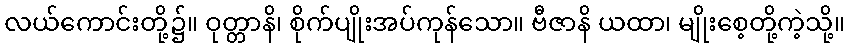
လယ်ကောင်းတို့၌။ ဝုတ္တာနိ၊ စိုက်ပျိုးအပ်ကုန်သော။ ဗီဇာနိ ယထာ၊ မျိုးစေ့တို့ကဲ့သို့။